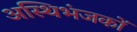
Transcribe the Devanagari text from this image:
अस्थिभंजकों